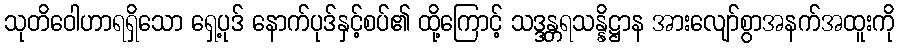
သုတိဝေါဟာရရှိသော ရှေ့ပုဒ် နောက်ပုဒ်နှင့်စပ်၏ ထို့ကြောင့် သဒ္ဒန္တရသန္နိဋ္ဌာန အားလျော်စွာအနက်အထူးကို